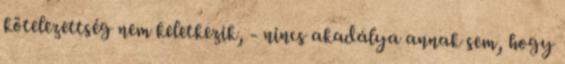
kötelezettség nem keletkezik, - nincs akadálya annak sem, hogy